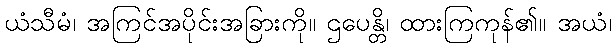
ယံသီမံ၊ အကြင်အပိုင်းအခြားကို။ ဌပေန္တိ၊ ထားကြကုန်၏။ အယံ၊